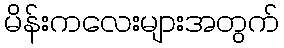
မိန်းကလေးများအတွက်